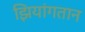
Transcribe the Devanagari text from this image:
झियांगतान